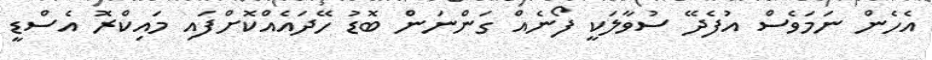
އެހެން ނަމަވެސް އުފެދޭ ސުވާލަކީ ފޯނެއް ގަންނަން ބޮޑު ހޭދައެއްކޮށްފައި މައިކްރޮ އެސްޑީ